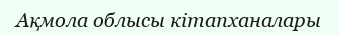
Ақмола облысы кітапханалары